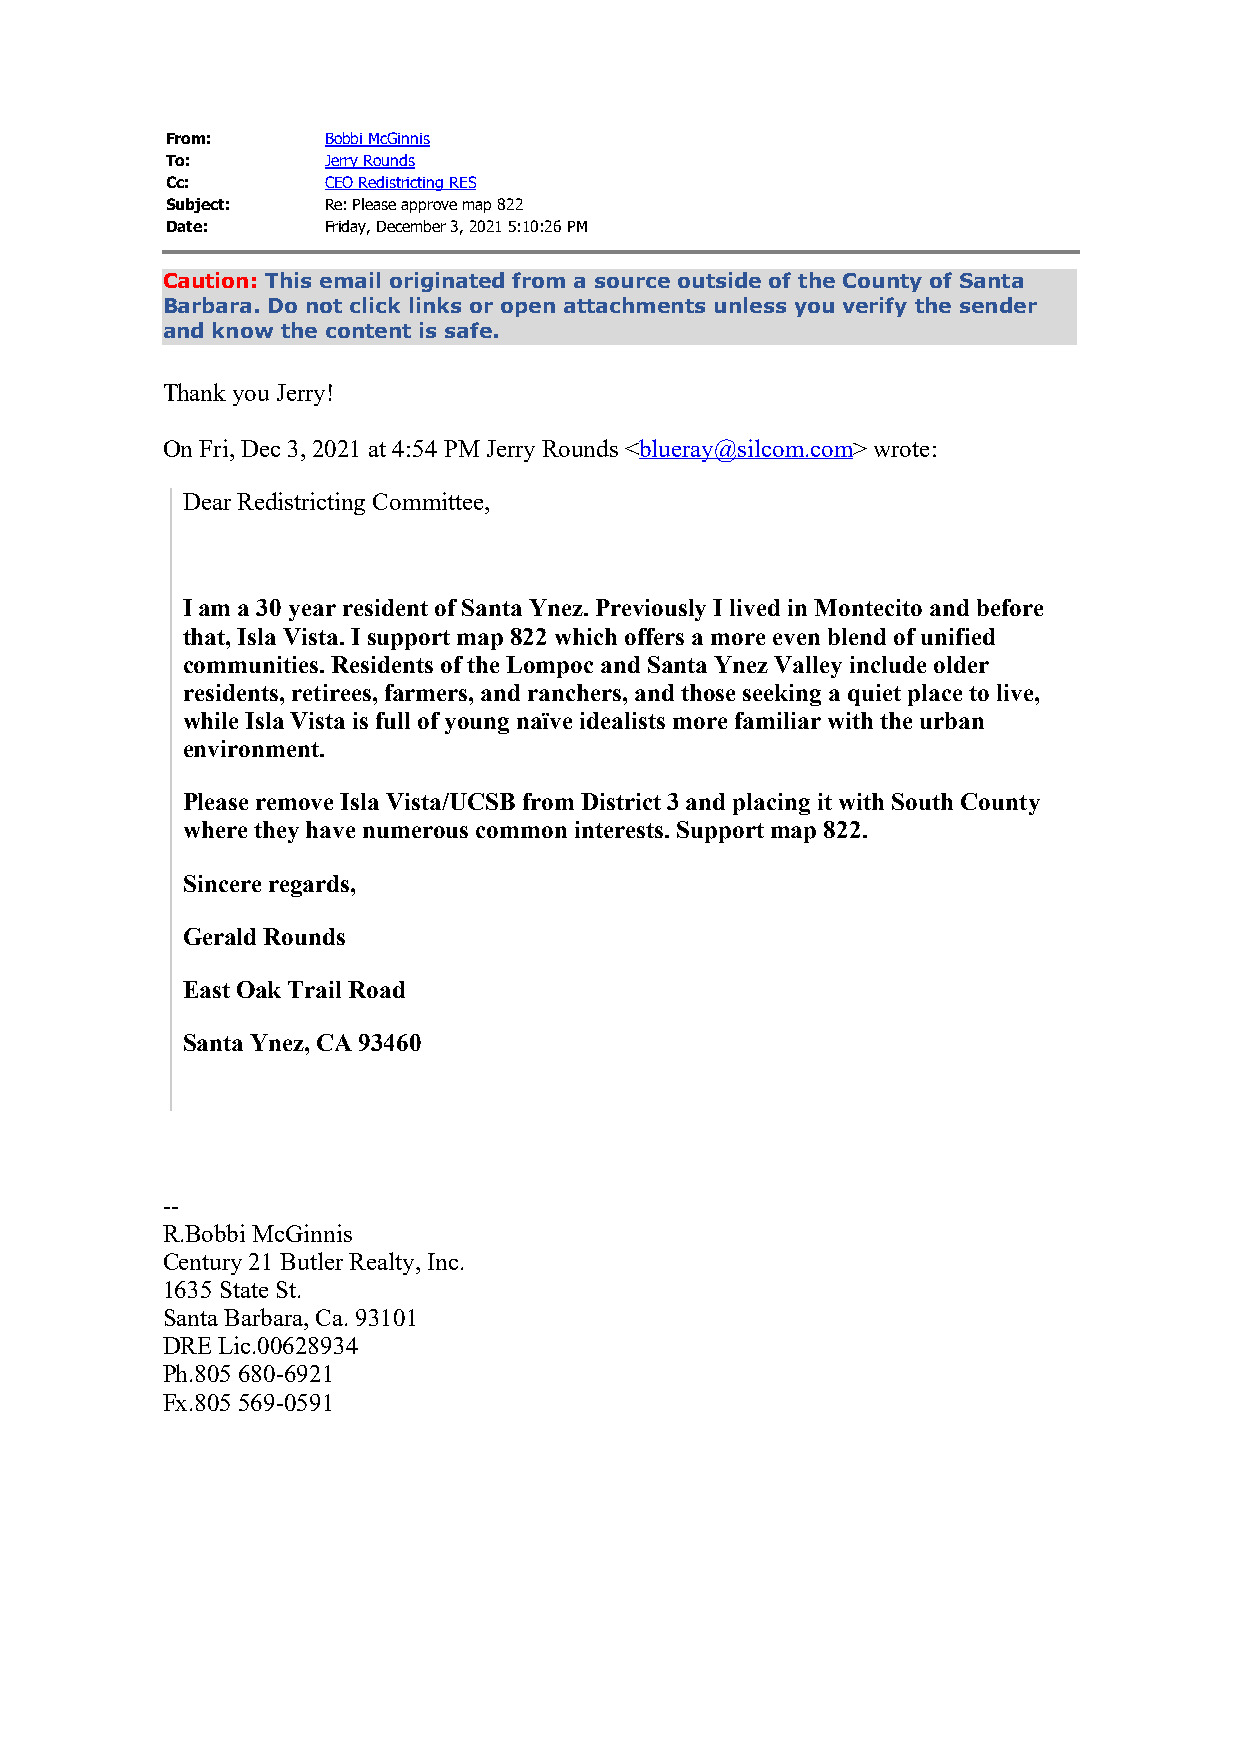
From:      Bobbi McGinnis
 To:        Jerry Rounds
 Cc:        CEO Redistricting RES
 Subject:   Re: Please approve map 822
 Date:      Friday, December 3, 2021 5:10:26 PM
 Caution: This email originated from a source outside of the County of Santa
 Barbara. Do not click links or open attachments unless you verify the sender
 and know the content is safe.
 Thank you Jerry!
 On Fri, Dec 3, 2021 at 4:54 PM Jerry Rounds <blueray@silcom.com> wrote:
 Dear Redistricting Committee,
 I am a 30 year resident of Santa Ynez. Previously I lived in Montecito and before
 that, Isla Vista. I support map 822 which offers a more even blend of unified
 communities. Residents of the Lompoc and Santa Ynez Valley include older
 residents, retirees, farmers, and ranchers, and those seeking a quiet place to live,
 while Isla Vista is full of young naïve idealists more familiar with the urban
 environment.
 Please remove Isla Vista/UCSB from District 3 and placing it with South County
 where they have numerous common interests. Support map 822.
 Sincere regards,
 Gerald Rounds
 East Oak Trail Road
 Santa Ynez, CA 93460
 --
 R.Bobbi McGinnis
 Century 21 Butler Realty, Inc.
 1635 State St.
 Santa Barbara, Ca. 93101
 DRE Lic.00628934
 Ph.805 680-6921
 Fx.805 569-0591